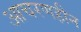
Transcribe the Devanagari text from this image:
आचरणहीन